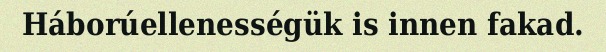
Háborúellenességük is innen fakad.